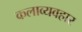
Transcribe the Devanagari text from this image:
कलाव्यवहार